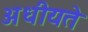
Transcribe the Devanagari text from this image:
अधीयते